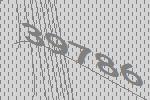
39786